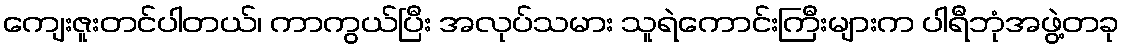
ကျေးဇူးတင်ပါတယ်၊ ကာကွယ်ပြီး အလုပ်သမား သူရဲကောင်းကြီးများက ပါရီဘုံအဖွဲ့တခု